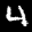
Label: 4